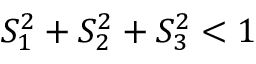
S _ { 1 } ^ { 2 } + S _ { 2 } ^ { 2 } + S _ { 3 } ^ { 2 } < 1